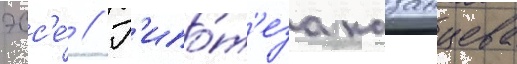
эсс'е́ // Г'ипо́т'еза казанцева